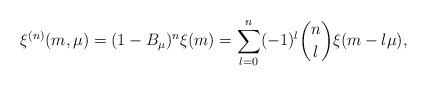
LaTeX: \begin{align*}\xi^{(n)}(m,\mu)=(1-B_{\mu})^n\xi(m)=\sum_{l=0}^n(-1)^l {{n\choose l}}\xi(m-l\mu),\end{align*}